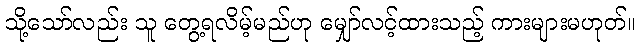
သို့သော်လည်း သူ တွေ့ရလိမ့်မည်ဟု မျှော်လင့်ထားသည့် ကားများမဟုတ်။